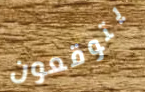
يتوقعون